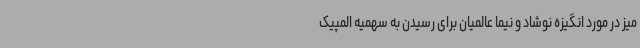
میز در مورد انگیزه نوشاد و نیما عالمیان برای رسیدن به سهمیه المپیک